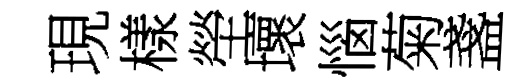
現樣塋壞惱菊盞